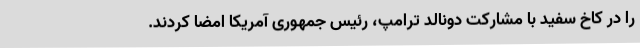
را در کاخ سفید با مشارکت دونالد ترامپ، رئیس جمهوری آمریکا امضا کردند.